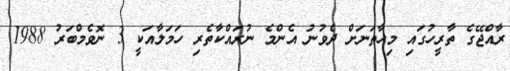
ރާއްޖޭގެ ތާރީހުގައި މިހާތަނަށް ދެވުނު އެންމެ ނުރައްކާތެރި ހަމަލާއަކީ 3 ނޮވެމްބަރު 1988